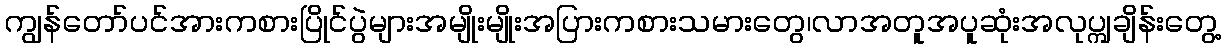
ကျွန်တော်ပင်အားကစားပြိုင်ပွဲများအမျိုးမျိုးအပြားကစားသမားတွေ၊လာအတူအပူဆုံးအလုပ္ကျချိန်းတွေ့